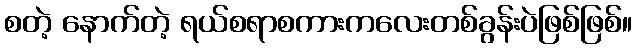
စတဲ့ နောက်တဲ့ ရယ်စရာစကားကလေးတစ်ခွန်းပဲဖြစ်ဖြစ်။